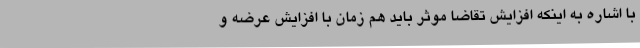
با اشاره به اینکه افزایش تقاضا موثر باید هم زمان با افزایش عرضه و